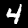
Digit: 4